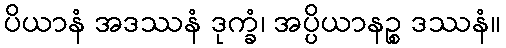
ပိယာနံ အဒဿနံ ဒုက္ခံ၊ အပ္ပိယာနဉ္စ ဒဿနံ။